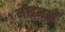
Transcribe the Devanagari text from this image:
नाइनर्स